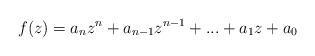
LaTeX: \begin{align*}f(z) = a_nz^n + a_{n-1}z^{n-1} + ... + a_1z + a_0 \end{align*}